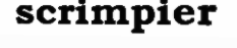
scrimpier